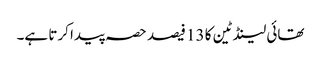
تھائی لینڈ ٹین کا 13 فیصد حصہ پیدا کرتا ہے۔